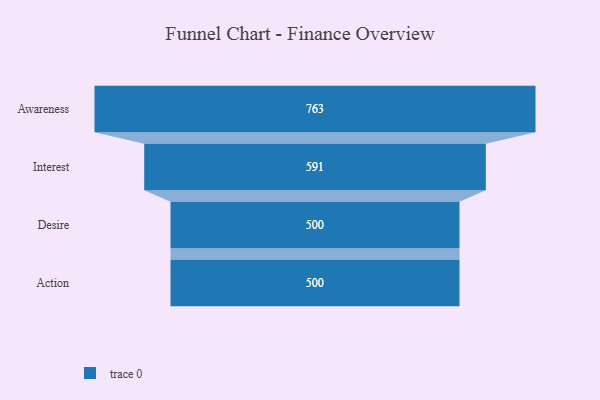
{"axis": {"x": "Stage", "y": "Value"}, "legend": [""], "data": [{"x": "Awareness", "y": 763.0, "type": ""}, {"x": "Interest", "y": 591.0, "type": ""}, {"x": "Desire", "y": 500, "type": ""}, {"x": "Action", "y": 500, "type": ""}]}